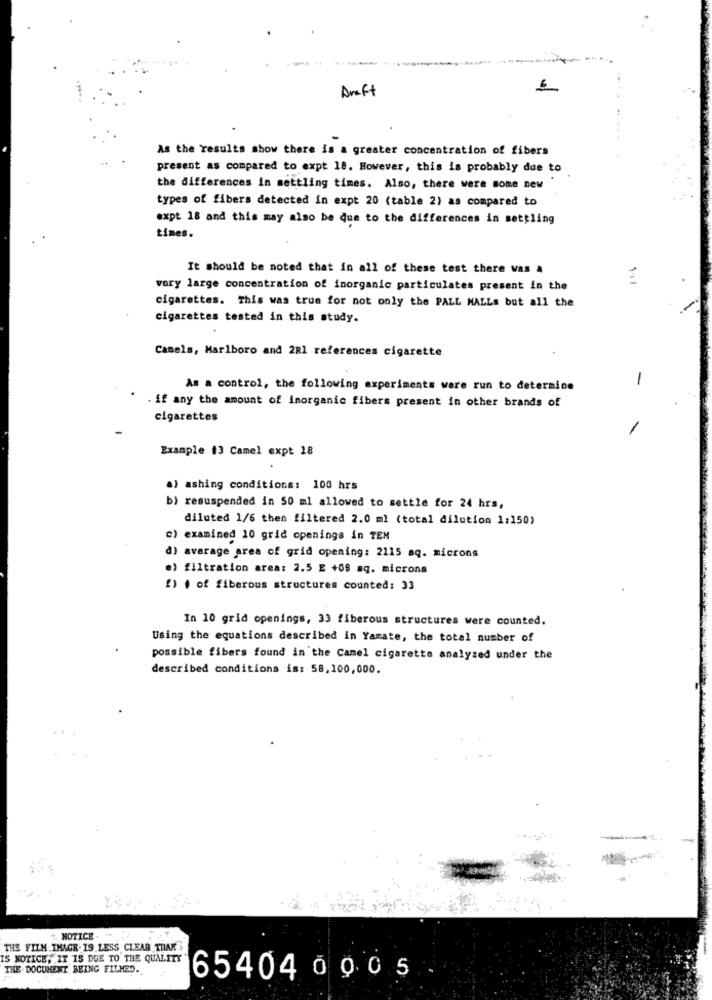
Draft
As the results show there is a greater concentration of fibers
present as compared to expt 18. However, this is probably due to
the differences in settling times. Also, there were some new
types of fibers detected in expt 20 (table 2) as compared to
expt 18 and this may also be que to the differences in settling
times.
It should be noted that in all of these test there was a
vory large concentration of inorganic particulates present in the
cigarettes. This was true for not only the PALL MALLs but all the
cigarettes tested in this study.
Camels, Marlboro and 2R1 references cigarette
-
As a control, the following experiments were run to determine
if any the amount of inorganic fibers present in other brands of
cigarettes
Example 13 Camel expt 18
a) ashing conditions: 100 hrs
b) resuspended in 50 ml allowed to settle for 24 hrs,
diluted 1/6 then filtered 2.0 ml (total dilution 1:150)
c) examined 10 grid openings in TEN
d) average area of grid opening: 2115 aq. microns
e) filtration area: 2.5 E +08 aq. microns
2) . of fiberous structures counted: 33
In 10 grid openings, 33 fiberous structures were counted.
Using the equations described in Yamate, the total number of
possible fibers found in the Camel cigarette analyzed under the
described conditions is: 58,100,000.
3 NOTICE
THE FILM.IMAGE. 19 LESS CLEAR THAK
IS NOTICE, IT IS DUE TO THE QUALITY
THE DOCUMENT BEING FILMED.
65404 0 0.0 5